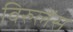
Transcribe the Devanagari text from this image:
विरुलेंस